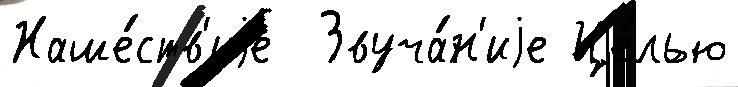
Наше́ств'иjе  Звуча́н'иjе Це́лью